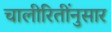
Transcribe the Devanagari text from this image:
चालीरितींनुसार